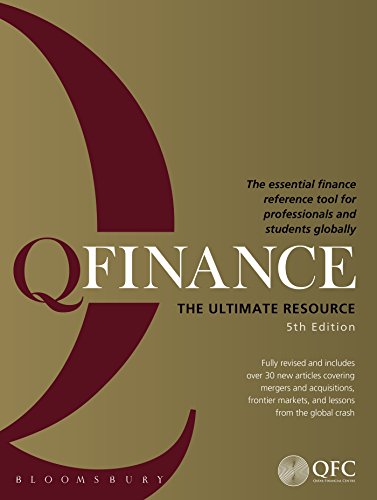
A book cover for QFinance: The Ultimate Resource; various; Business & Money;